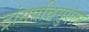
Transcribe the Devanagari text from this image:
ट्रांसपन्निसुएलर